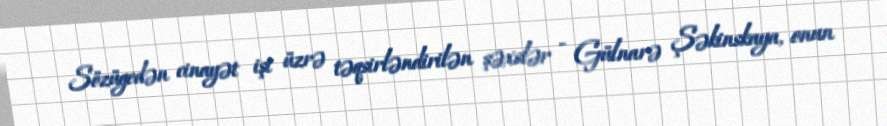
Sözügedən cinayət işi üzrə təqsirləndirilən şəxslər - Gülnarə Şəkinskaya, onun